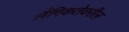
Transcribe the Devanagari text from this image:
लैंगिकतेवरील